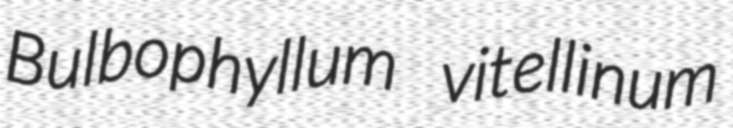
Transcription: Bulbophyllum vitellinum